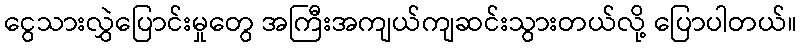
ငွေသားလွှဲပြောင်းမှုတွေ အကြီးအကျယ်ကျဆင်းသွားတယ်လို့ ပြောပါတယ်။